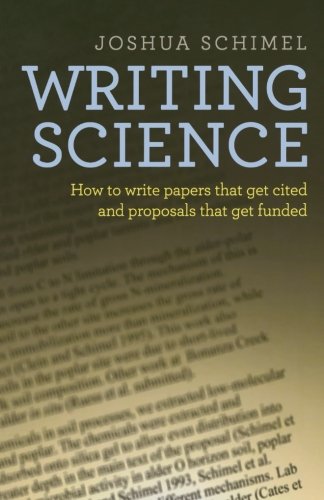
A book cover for Writing Science: How to Write Papers That Get Cited and Proposals That Get Funded; Joshua Schimel; Science & Math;